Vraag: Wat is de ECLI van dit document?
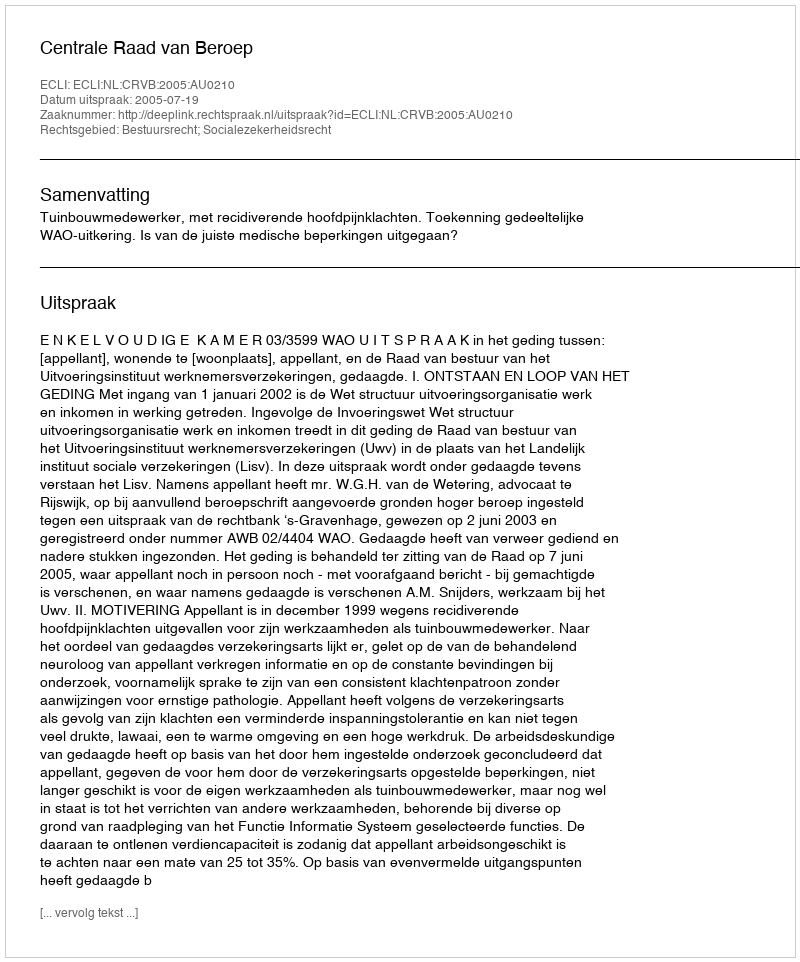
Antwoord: ECLI:NL:CRVB:2005:AU0210